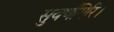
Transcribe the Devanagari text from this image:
सुवर्णगिरि।